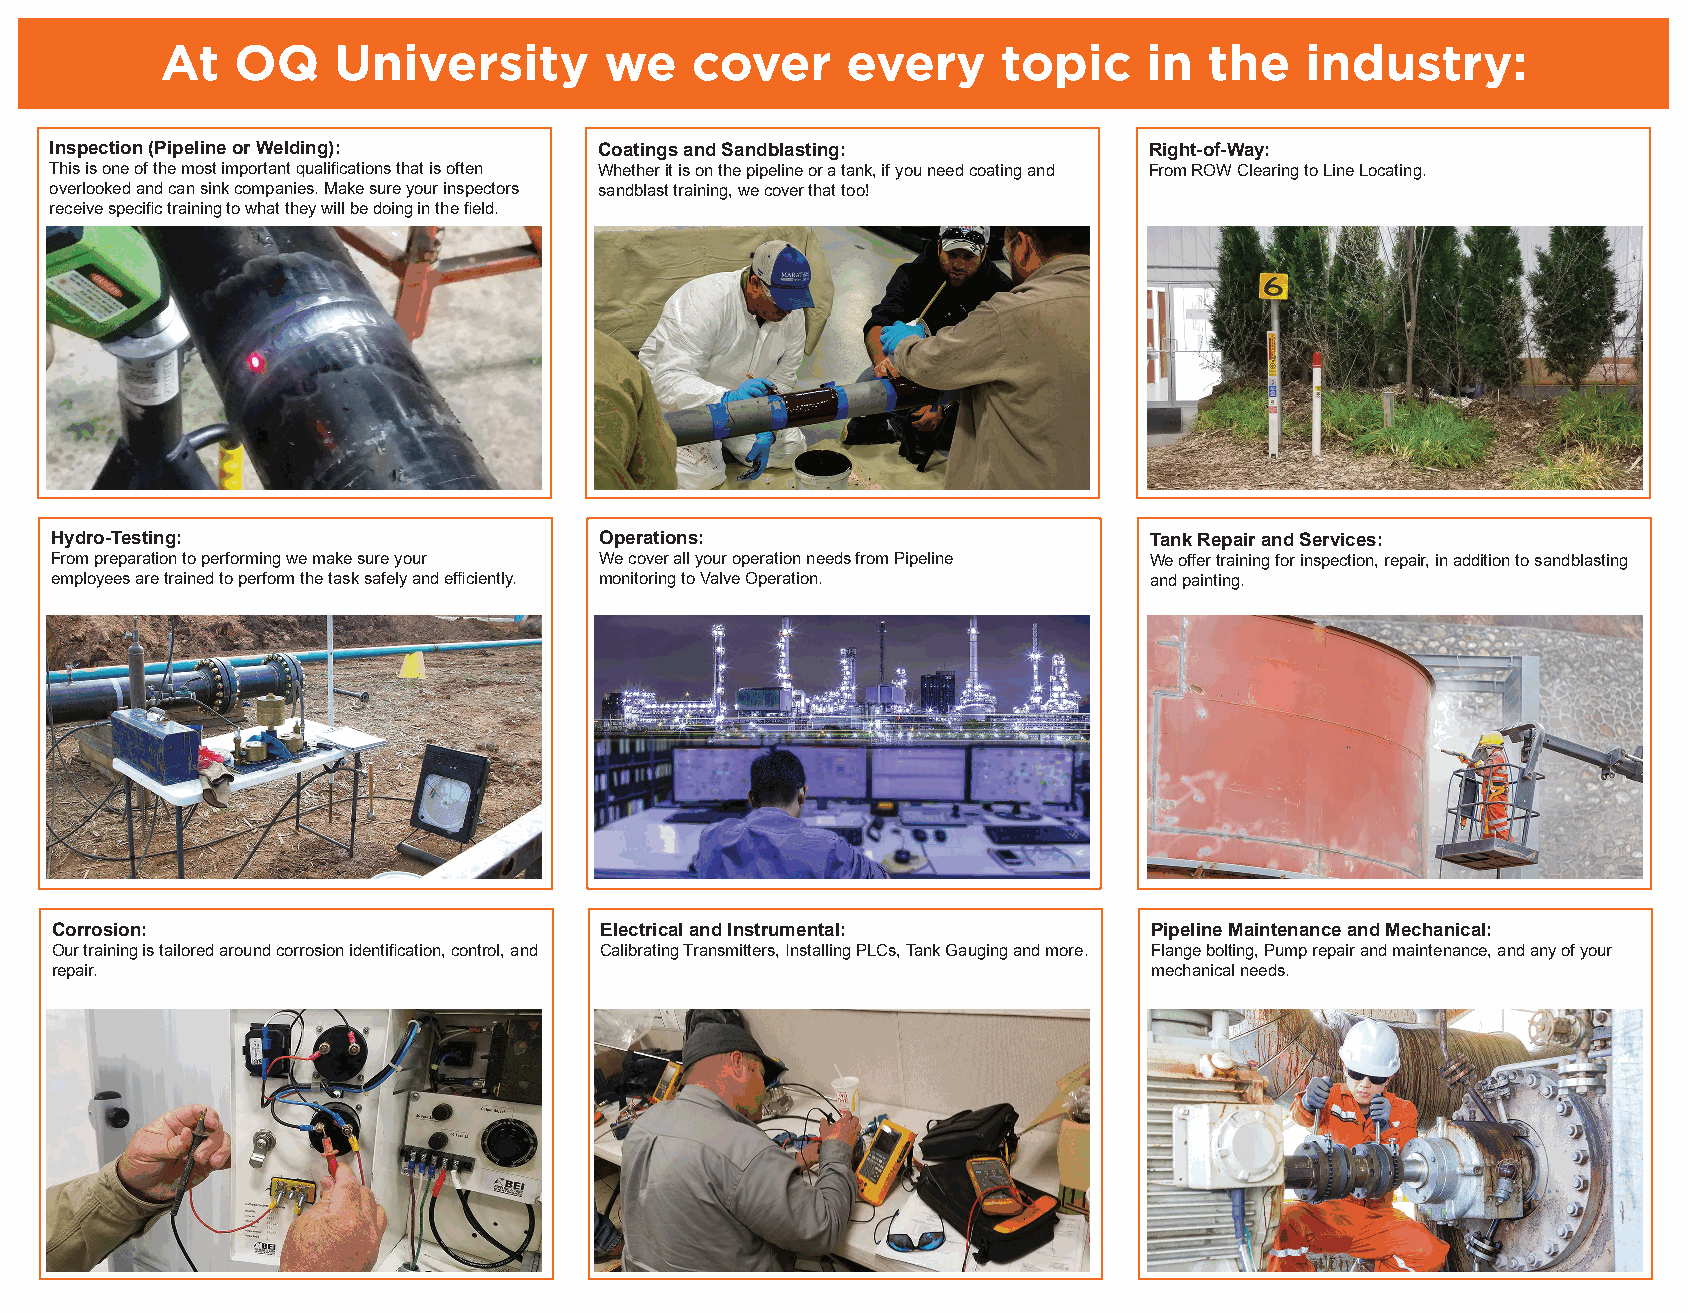
At  OQ     University        we    cover     every     topic     in  the   industry:
 Inspection (Pipeline or Welding):    Coatings and Sandblasting:          Right-of-Way:
 This is one of the most important qualifications that is often Whether it is on the pipeline or a tank, if you need coating and From ROW Clearing to Line Locating.
 overlooked and can sink companies. Make sure your inspectors sandblast training, we cover that too!
 receive specific training to what they will be doing in the field.
 Hydro-Testing:                       Operations:                         Tank Repair and Services:
 From preparation to performing we make sure your We cover all your operation needs from Pipeline We offer training for inspection, repair, in addition to sandblasting
 employees are trained to perform the task safely and efficiently. monitoring to Valve Operation. and painting.
 Corrosion:                           Electrical and Instrumental:        Pipeline Maintenance and Mechanical:
 Our training is tailored around corrosion identification, control, and Calibrating Transmitters, Installing PLCs, Tank Gauging and more. Flange bolting, Pump repair and maintenance, and any of your
 repair.                                                                  mechanical needs.